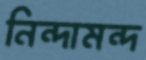
নিন্দামন্দ